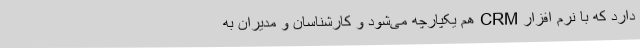
دارد که با نرم افزار CRM هم یکپارچه می‌شود و کارشناسان و مدیران به